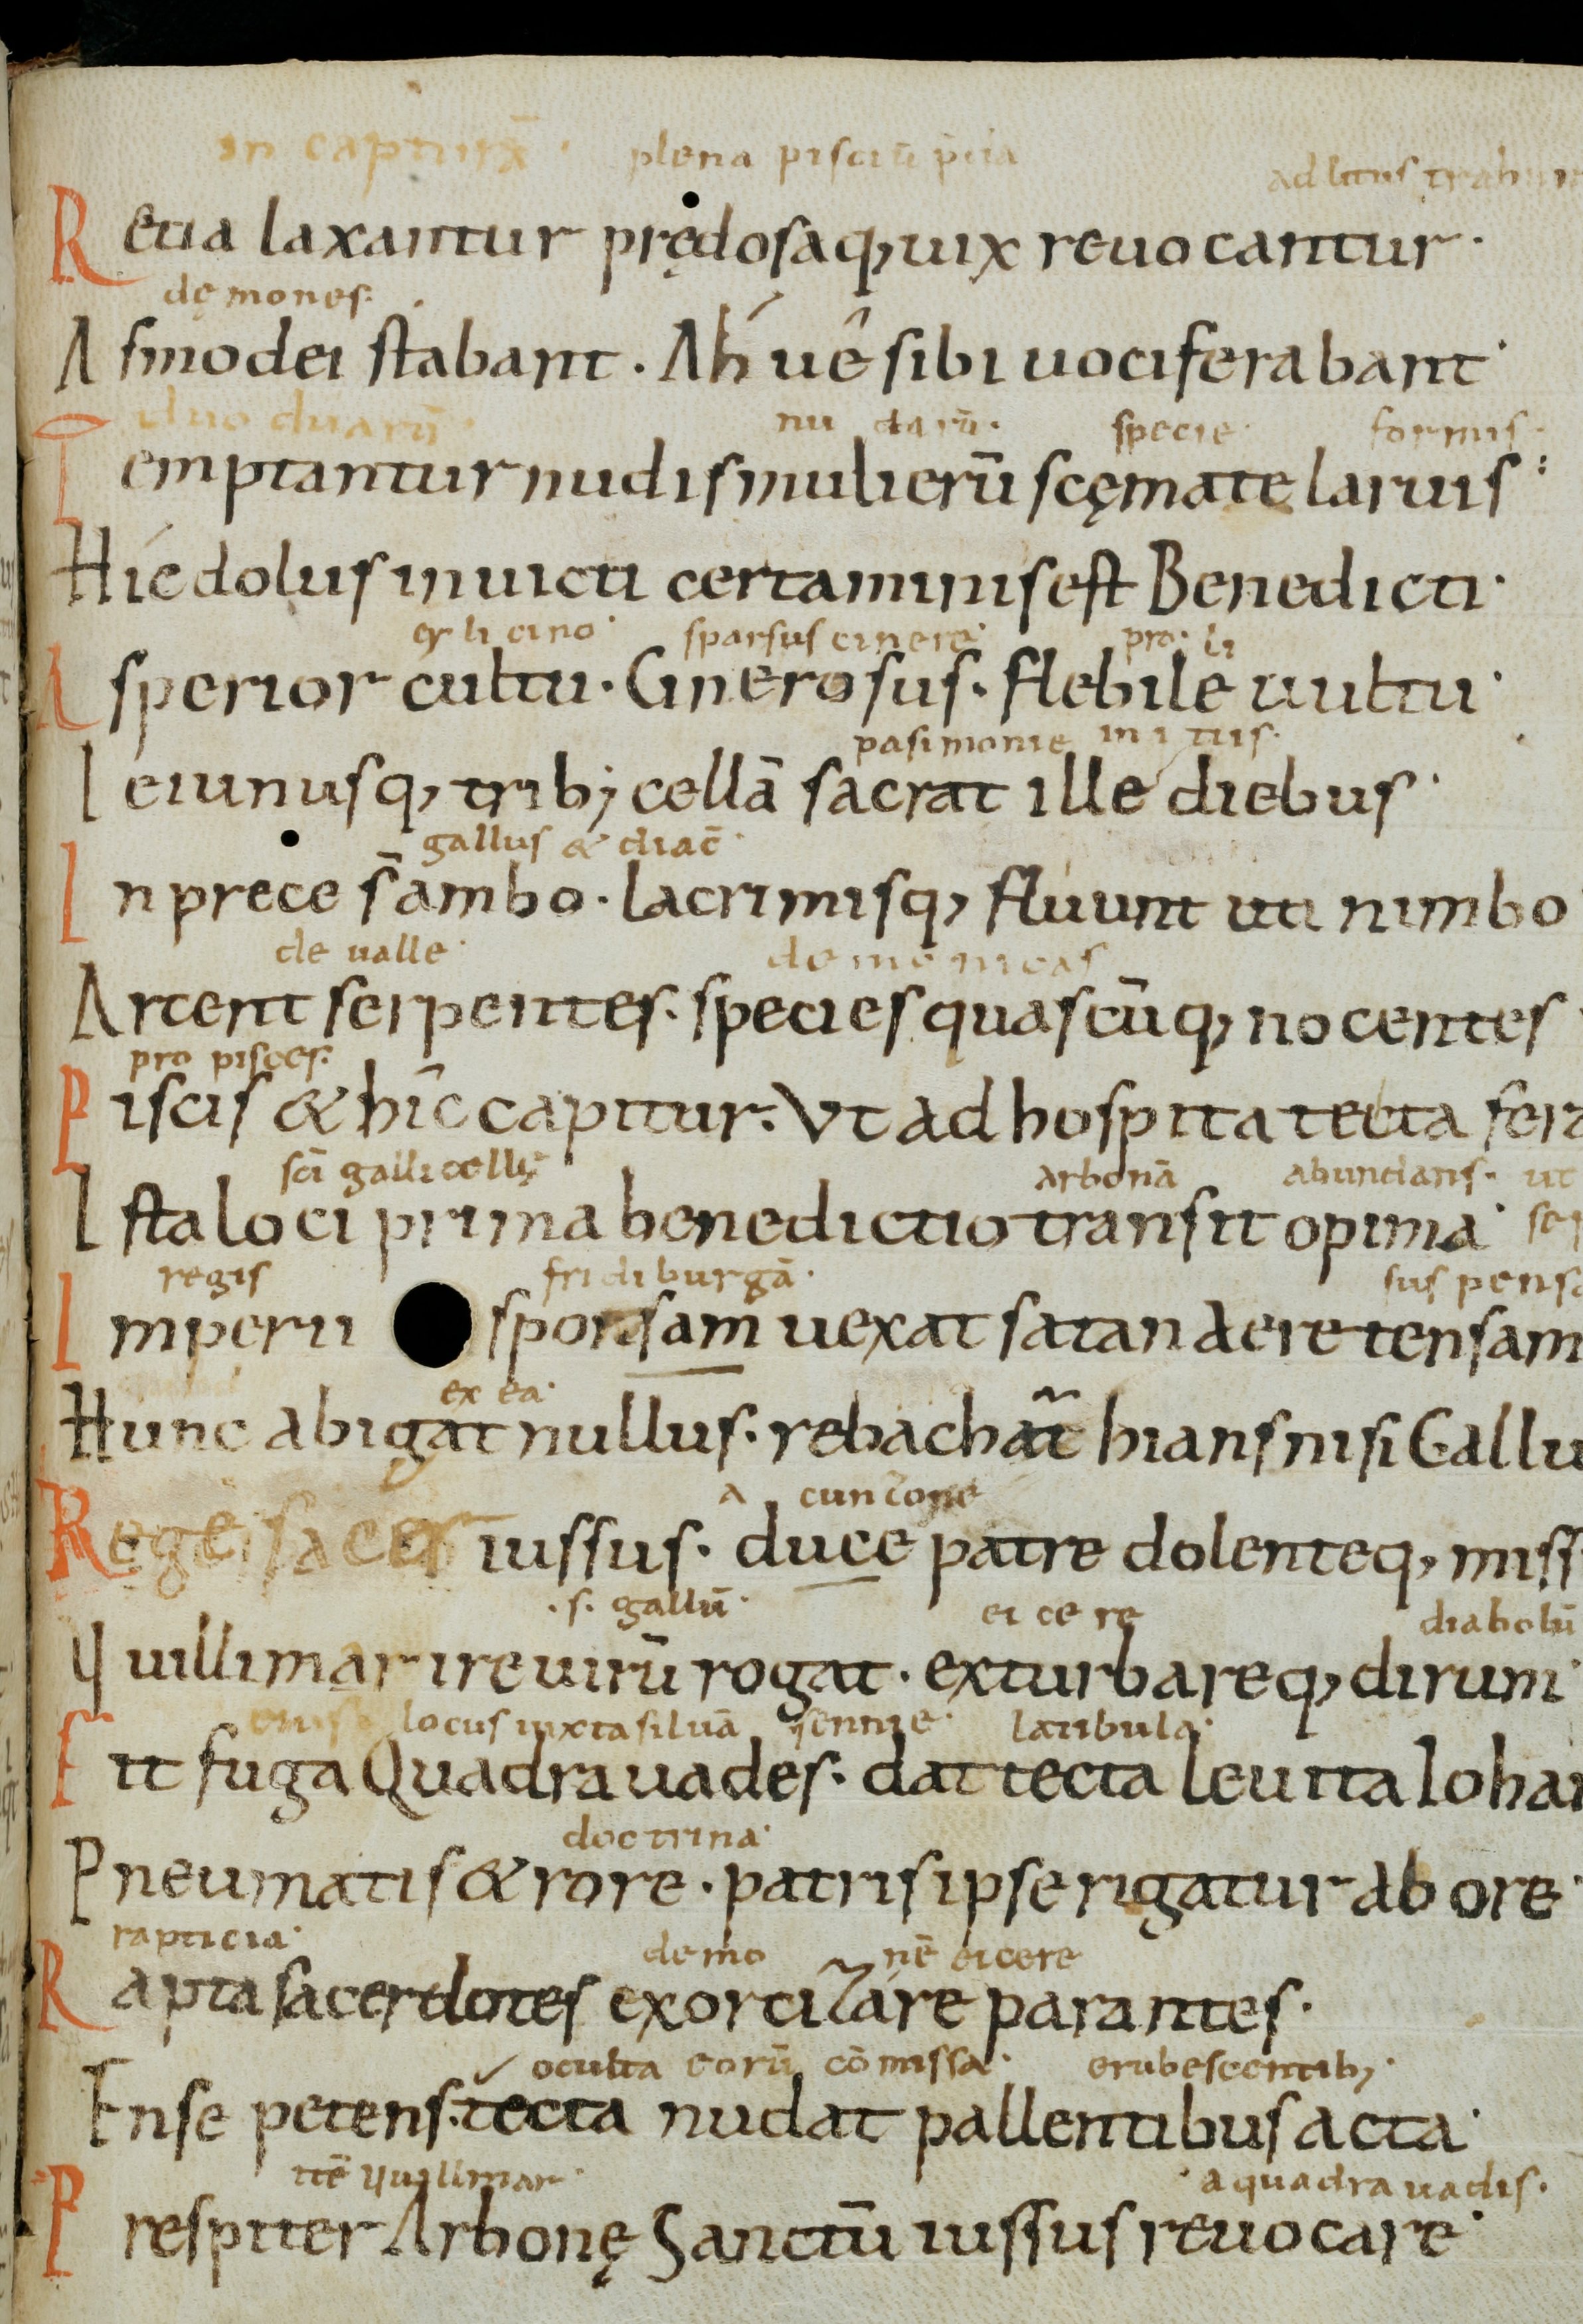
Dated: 1000–1099